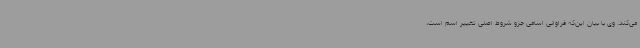
می‌کند. وی با بیان این‌که فراوانی اسامی جزو شروط اصلی تغییر اسم است،